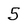
Character: 5